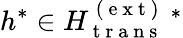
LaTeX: h^{*}\in H_{\mathrm{~t~r~a~n~s~}}^{\mathrm{~(~e~x~t~)~}}{}^{\ *}